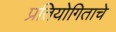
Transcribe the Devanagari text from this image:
प्रतियोगिताचे